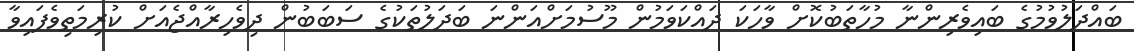
ބައްދަލުވުމުގެ ބައިވެރިންނާ މުހާތަބުކޮށް ވާހަކަ ދައްކަވަމުން މޫސުމަށްއަންނަ ބަދަލުތަކުގެ ސަބަބުން ދިވެހިރާއްޖެއަށް ކުރިމަތިވެފައިވާ